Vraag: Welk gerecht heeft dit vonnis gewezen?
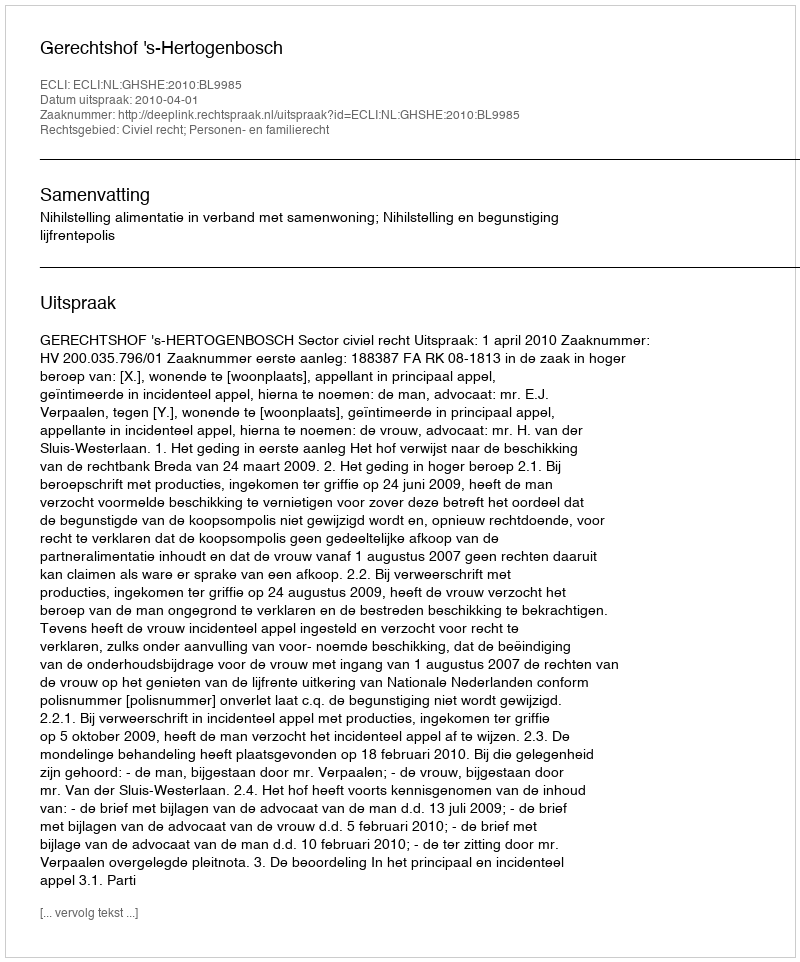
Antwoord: Gerechtshof 's-Hertogenbosch